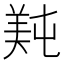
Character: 𬙴